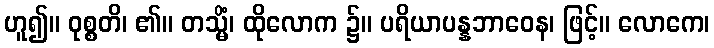
ဟူ၍။ ဝုစ္စတိ၊ ၏။ တသ္မိံ၊ ထိုလောက ၌။ ပရိယာပန္နဘာဝေန၊ ဖြင့်။ လောကေ၊